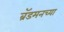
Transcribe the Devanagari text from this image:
ब्रॅडमनच्या